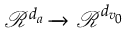
\mathcal { R } ^ { d _ { a } } \xrightarrow { } \mathcal { R } ^ { d _ { v _ { 0 } } }